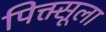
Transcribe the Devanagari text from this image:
पिक्त्सूला